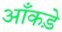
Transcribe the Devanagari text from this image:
आँकडे़